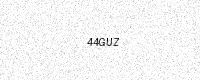
Text: 44GUZ